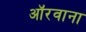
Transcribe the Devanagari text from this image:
ऑरवाना